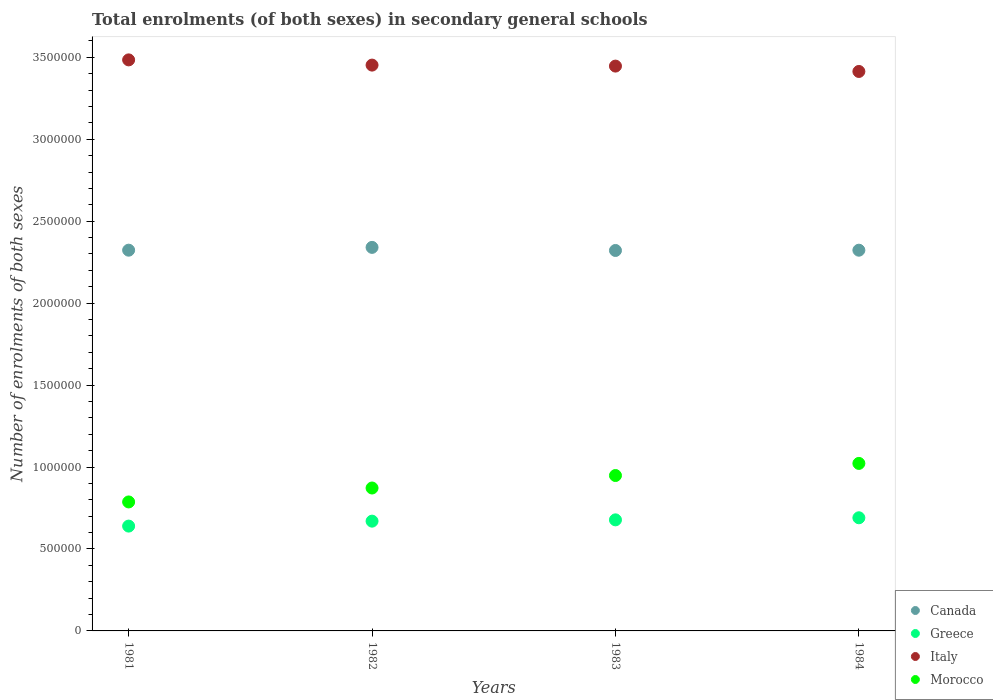
| Years | Canada | Greece | Italy | Morocco |
 | --- | --- | --- | --- | --- |
 | 1981 | 2.32e+06 | 6.4e+05 | 3.48e+06 | 7.87e+05 |
 | 1982 | 2.34e+06 | 6.7e+05 | 3.45e+06 | 8.72e+05 |
 | 1983 | 2.32e+06 | 6.78e+05 | 3.45e+06 | 9.48e+05 |
 | 1984 | 2.32e+06 | 6.9e+05 | 3.41e+06 | 1.02e+06 |